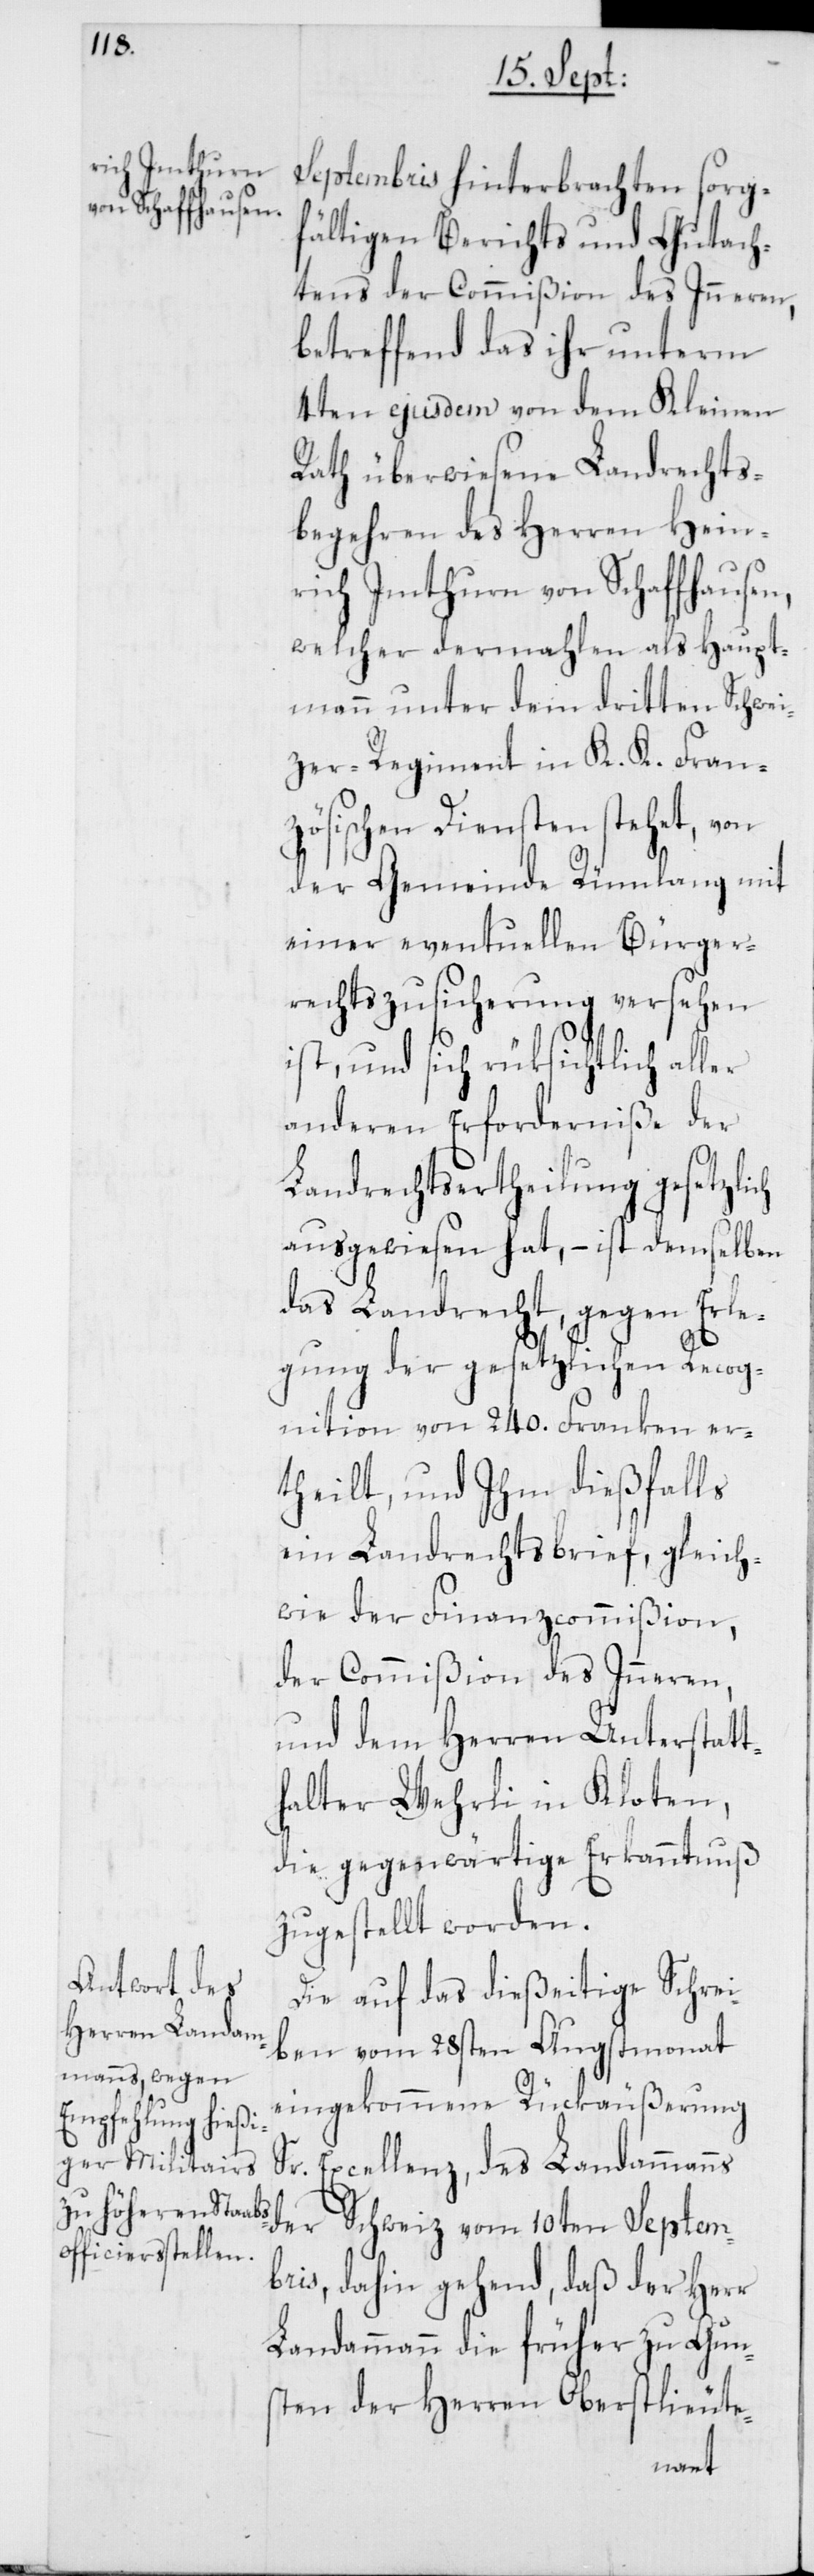
Septembris hinterbrachten sorg¬
fältigen Berichts und Gutach¬
tens der Commißion des Inneren,
betreffend das ihr unterm
4ten ejusdem von dem Kleinen
Rath überwiesene Landrechts¬
begehren des Herren Hein¬
rich Imthurn von Schaffhausen,
welcher dermahlen als Haupt¬
mann unter dem dritten Schwei¬
zer-Regiment in K. K. Fran¬
zösischen Diensten stehet, von
der Gemeinde Rümlang mit
einer eventuellen Bürger¬
rechtszusicherung versehen
ist, und sich rüksichtlich al¬
anderen Erforderniße der
Landrechtsertheilung gesetzlich
ausgewiesen hat, – ist demselben
das Landrecht, gegen Erle¬
gung der gesetzlichen Recog¬
nition von 240. Franken er¬
theilt, und Ihm dießfalls
ein Landrechtsbrief, gleich¬
wie der Finanzcommißion,
der Commißion des Inneren,
und dem Herren Unterstatt¬
halter Wehrli in Kloten,
die gegenwärtige Erkanntnuß
zugestellt worden.
Die auf das dießeitige Schrei¬
ben vom 28sten Augstmonat
eingekommene Rückäußerung
Excellenz, des Landammanns
der Schweiz vom 10ten Septem¬
bris, dahin gehend, daß der Herr
Landammann die früher zu Gun¬
sten der Herren Oberstlieute-
ler